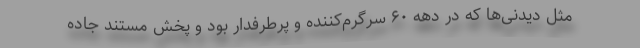
مثل دیدنی‌ها که در دهه ۶۰ سرگرم‌کننده و پرطرفدار بود و پخش مستند جاده